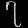
Digit: ၇